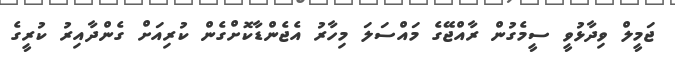
ޖަމީލް ވިދާޅުވީ ސީމެގުން ރާއްޖޭގެ މައްސަލަ މިހާރު އެޖެންޑާކޮށްގެން ކުރިއަށް ގެންދާއިރު ކުރީގެ